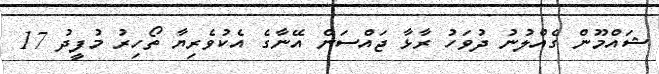
ޝައްމޫން ގެއްލުނު ދުވަހު ރާޅާ ޖައްސަން އޭނާގެ އެކުވެރިޔާ ތޯހިރު މުފީދު 17